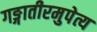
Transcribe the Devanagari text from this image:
गङ्गातीरमुपेत्य